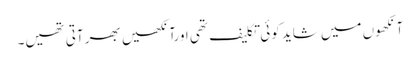
آنکھوں میں شاید کوئی تکلیف تھی اورآنکھیں بھر آتی تھیں۔